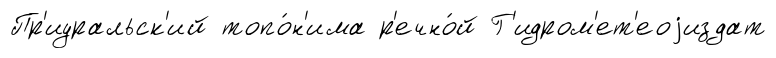
Пр'иуральск'ий топо́н'има р'ечно́й Г'идром'ет'еоjиздат